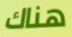
هناك